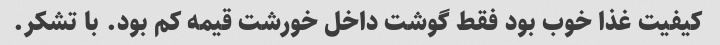
کیفیت غذا خوب بود فقط گوشت داخل خورشت قیمه کم بود. با تشکر.